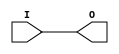
module IBUFG_SSTL18_I (O, I);

    output O;

    input  I;

	buf B1 (O, I);


endmodule